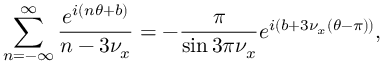
\sum _ { n = - \infty } ^ { \infty } \frac { e ^ { i \left( n \theta + b \right) } } { n - 3 \nu _ { x } } = - \frac { \pi } { \sin { 3 \pi \nu _ { x } } } e ^ { i \left( b + 3 \nu _ { x } \left( \theta - \pi \right) \right) } ,